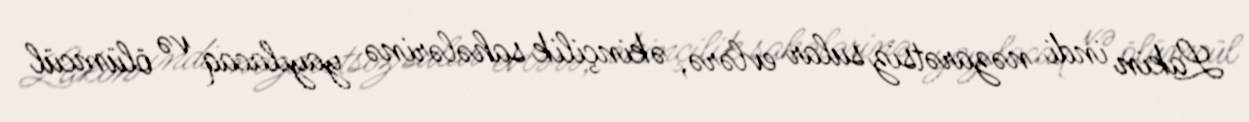
Lakin indi nəzarətsiz sular evlərə, əkinçilik sahələrinə yayılacaq və ölümcül